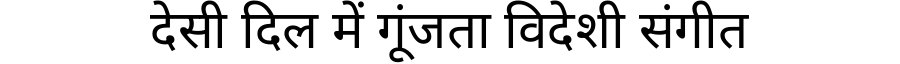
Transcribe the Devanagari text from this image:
देसी दिल में गूंजता विदेशी संगीत